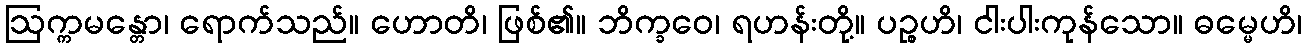
ဩက္ကမန္တော၊ ရောက်သည်။ ဟောတိ၊ ဖြစ်၏။ ဘိက္ခဝေ၊ ရဟန်းတို့။ ပဉ္စဟိ၊ ငါးပါးကုန်သော။ ဓမ္မေဟိ၊